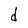
Character: d